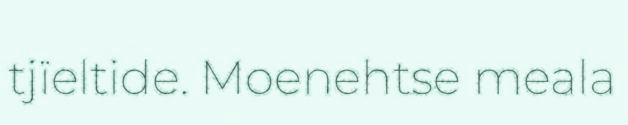
tjïeltide. Moenehtse meala